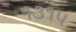
૧૩૧૫